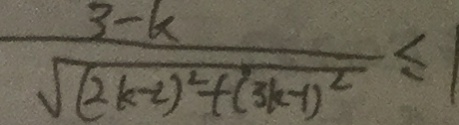
\frac { 3 - k } { \sqrt { ( 2 k - 2 ) ^ { 2 } } + ( 3 k - 1 ) ^ { 2 } } \leq 1